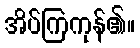
အိပ်ကြကုန်၏။